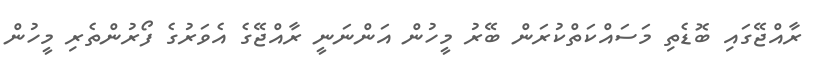
ރާއްޖޭގައި ބޮޑެތި މަސައްކަތްކުރަން ބޭރު މީހުން އަންނަނީ ރާއްޖޭގެ އެވަރުގެ ފޯރުންތެރި މީހުން